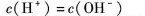
c ( \mathrm { H } ^ { + } )= c （ \mathrm { O H } ^ { - } )$$